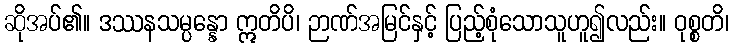
ဆိုအပ်၏။ ဒဿနသမ္ပန္နော ဣတိပိ၊ ဉာဏ်အမြင်နှင့် ပြည့်စုံသောသူဟူ၍လည်း။ ဝုစ္စတိ၊